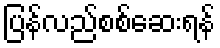
ပြန်လည်စစ်ဆေးရန်